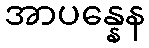
အာပန္နေန